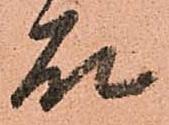
石